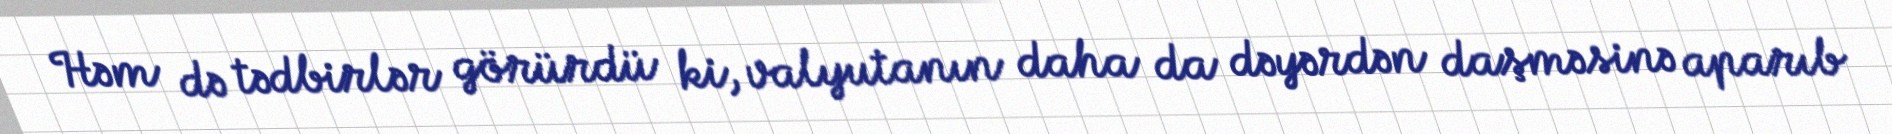
Həm də tədbirlər görürdü ki, valyutanın daha da dəyərdən daşməsinə aparıb